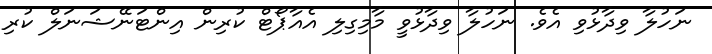
ނަހުލާ ވިދާޅުވި އެވެ. ނަހުލާ ވިދާޅުވީ މާމިގިލި އެއާޕޯޓް ކުރިން އިންޓަނޭޝަނަލް ކުރި